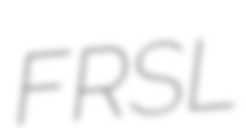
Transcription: FRSL